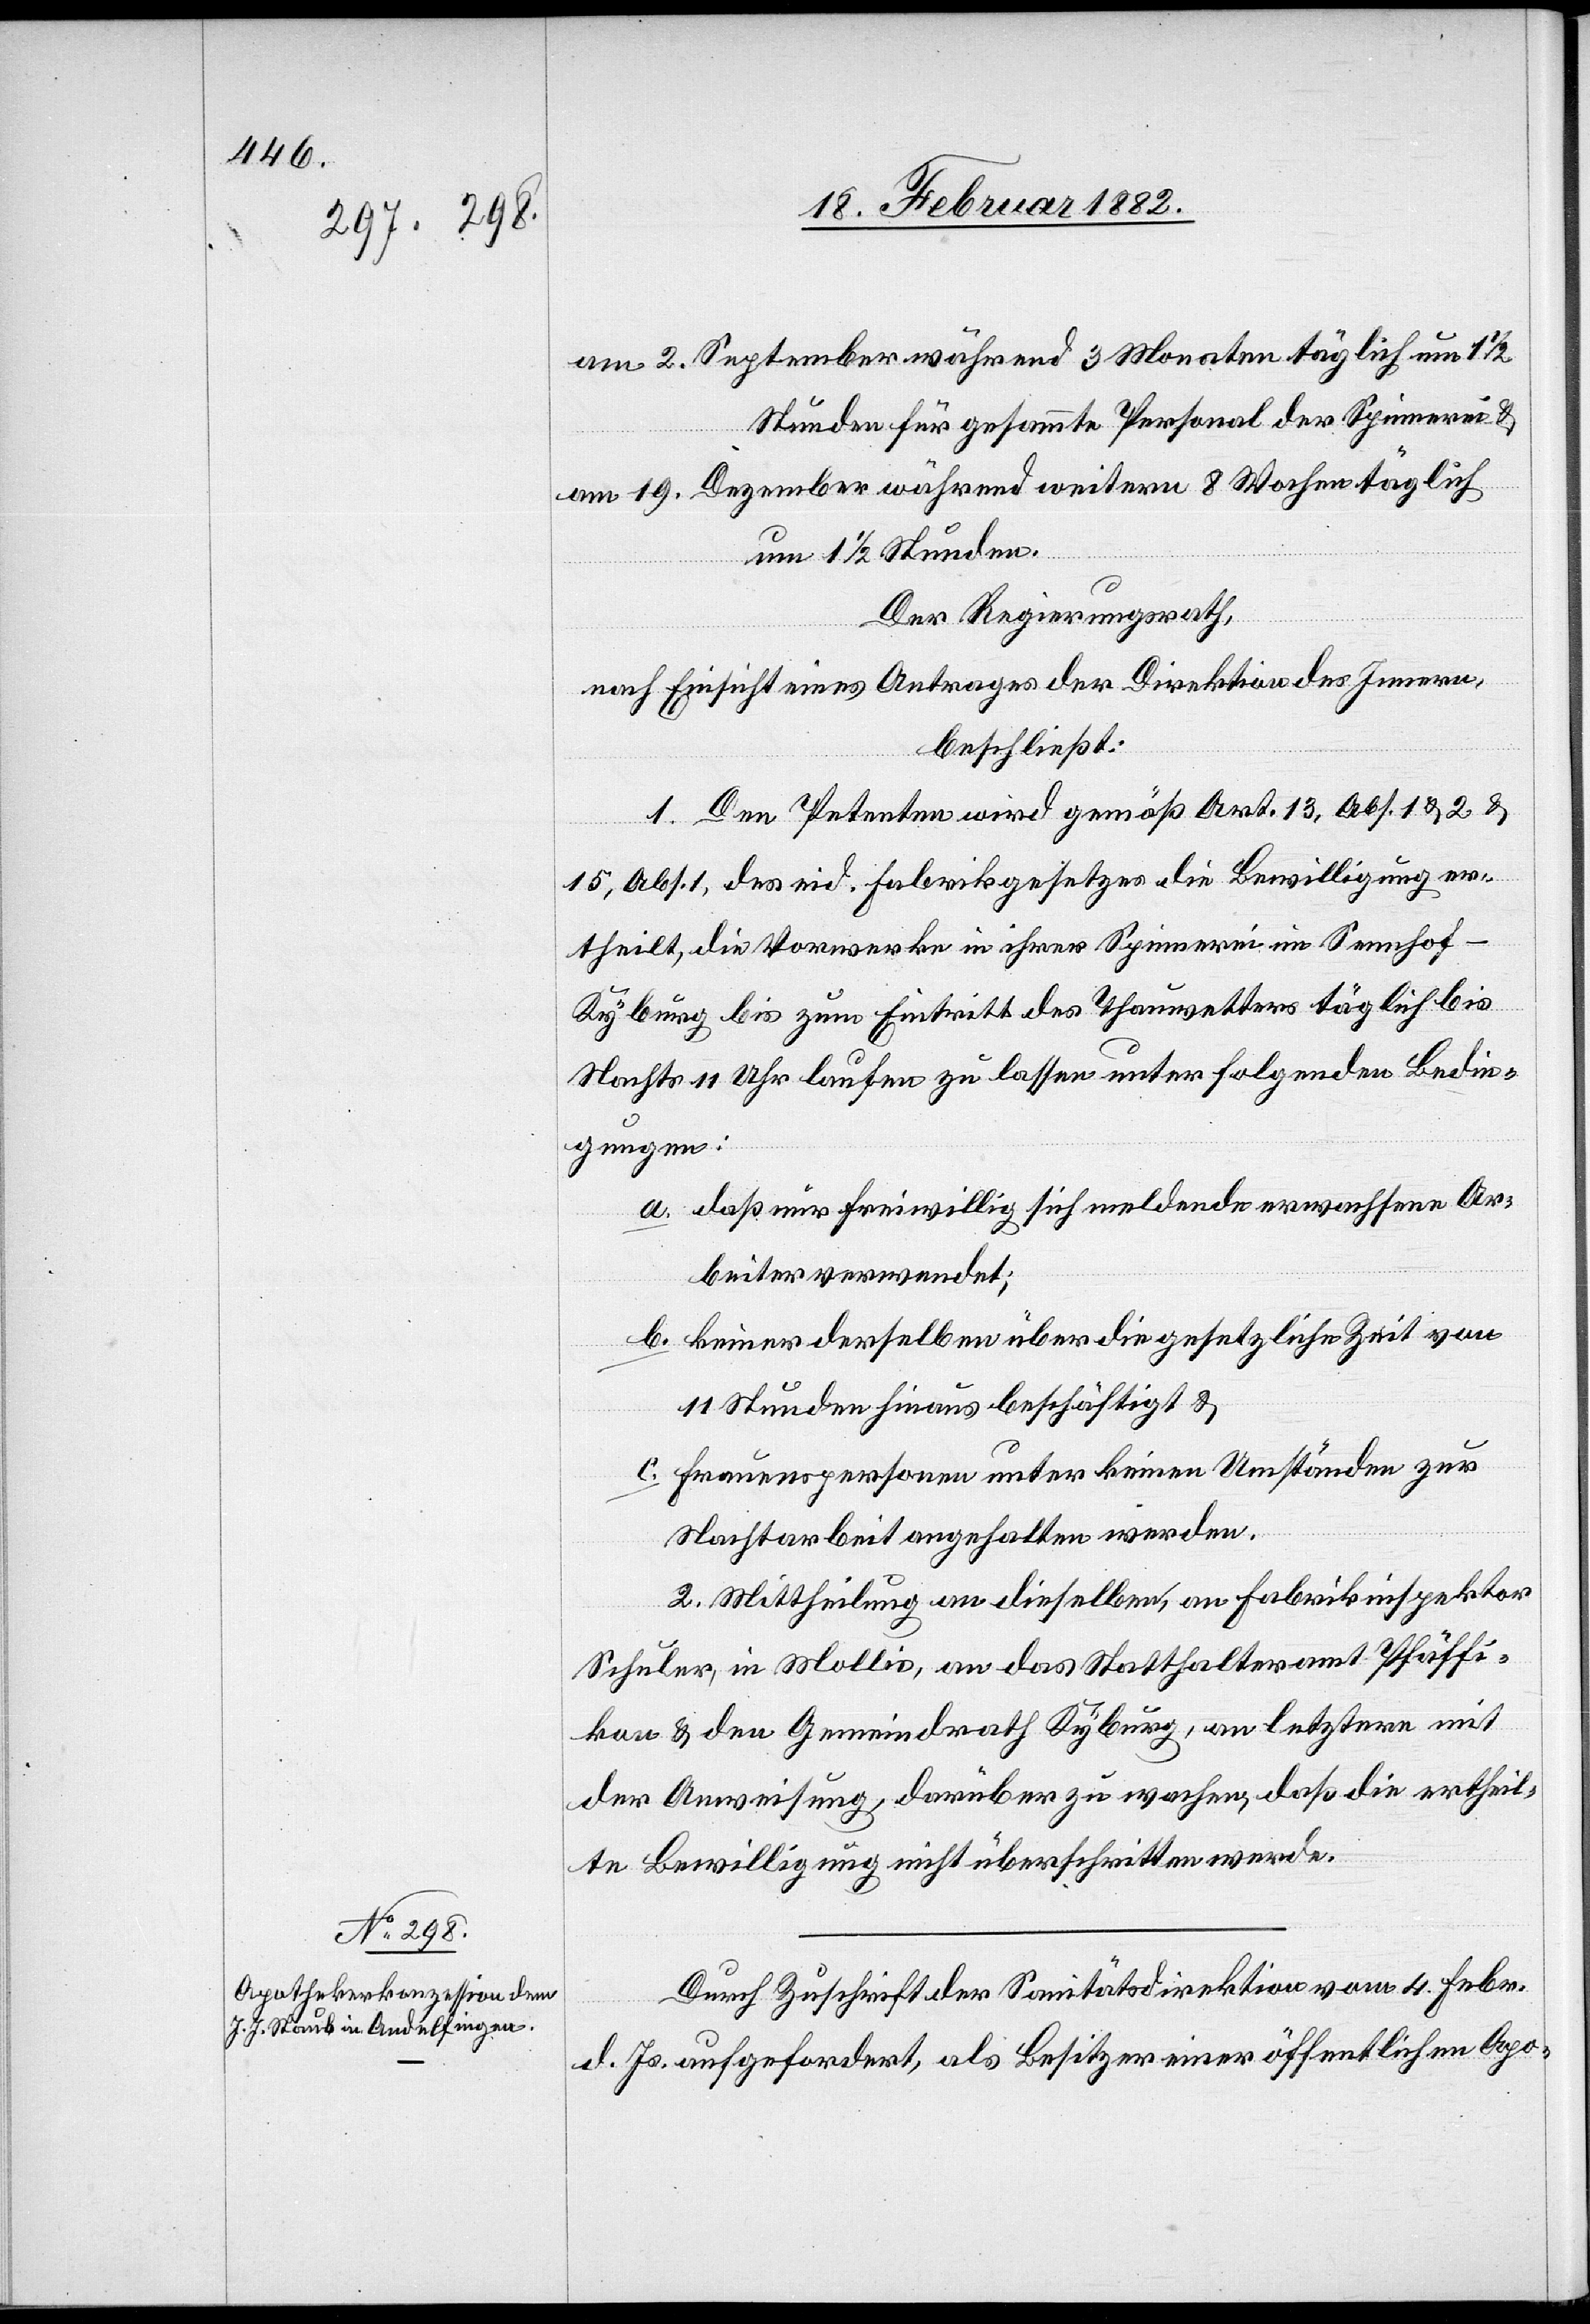
am 2. September während 3 Monaten täglich um 11/2
Stunden für gesammte Personal der Spinnerei &
am 19. Dezember während weiteren 8 Wochen täglich
um 11/2 Stunden.
Der Regierungsrath,
nach Einsicht eines Antrages der Direktion des Innern,
beschließt:
1. Den Petenten wird gemäß Art. 13, Abs. 1 & 2 &
15, Abs. 1, des eid. Fabrikgesetzes die Bewilligung er¬
theilt, die Vorwerke in ihrer Spinnerei im Sennhof
Kyburg bis zum Eintritt des Thauwetters täglich bis
Nachts 11 Uhr laufen zu lassen unter folgenden Bedin¬
gungen:
a. daß nur freiwillig sich meldende erwachsene Ar¬
beiter verwendet;
b. keiner derselben über die gesetzliche Zeit von
1. Stunden hinaus beschäftigt &
c. Frauenspersonen unter keinen Umständen zur
Nachtarbeit angehalten werden.
2. Mittheilung an dieselben, an Fabrikinspektor
Schuler, in Mollis, an das Statthalteramt Pfäffi¬
kon & an den Gemeindrath Kyburg, an letztern mit
der Anweisung, darüber zu wachen, daß die ertheil¬
te Bewilligung nicht überschritten werde.
Durch Zuschrift der Sanitätsdirektion vom 4. Febr.
d. Js. aufgefordert, als Besitzer einer öffentlichen Apo-